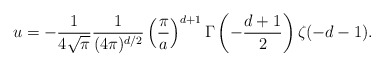
\begin{align*}u=-{1 \over {4 \sqrt \pi}}{1 \over (4 \pi)^{d/2}} \left({\pi \over a}\right)^{d+1} \Gamma \left(-{d+1 \over 2}\right) \zeta (-d-1).\end{align*}